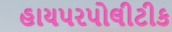
હાયપરપોલીટીક